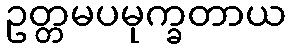
ဥတ္တမပမုက္ခတာယ